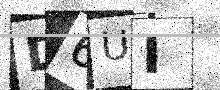
Text: D6UI